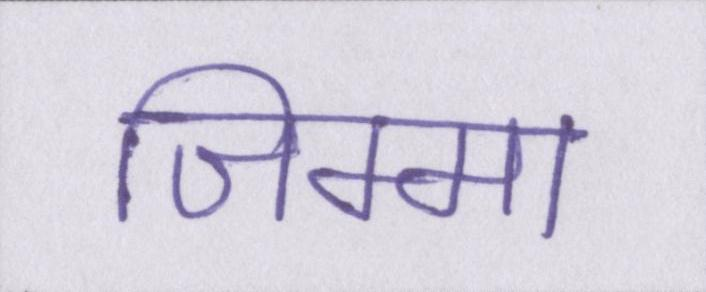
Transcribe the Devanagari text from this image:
जिम्मा